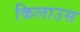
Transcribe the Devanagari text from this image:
किलाउस